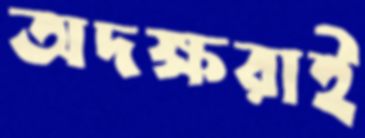
অদক্ষরাই